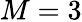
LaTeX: M=3